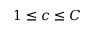
1 \leq c \leq C